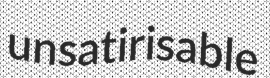
unsatirisable